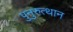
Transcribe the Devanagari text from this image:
पुनुरुत्थान